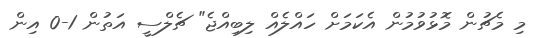
މި މެޗުން މޮޅުވުމުން އެކަމަށް ހައްލެއް ލިބިއްޖެ" ޗެލްސީ އަތުން 1-0 އިން